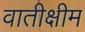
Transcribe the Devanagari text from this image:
वातीक्षीम